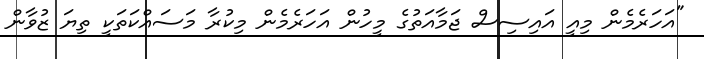
"އަހަރެމެން މިއީ އައިސިސް ޖަމާއަތުގެ މީހުން އަހަރެމެން މިކުރާ މަސައްކަތަކީ ތިޔަ ޒުވާން